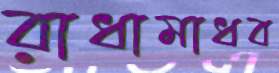
রাধামাধব